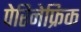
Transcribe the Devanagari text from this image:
पेरिनेफ्रिक